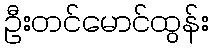
ဦးတင်မောင်ထွန်း